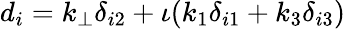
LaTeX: d_{i}=k_{\perp}\delta_{i2}+\iota(k_{1}\delta_{i1}+k_{3}\delta_{i3})